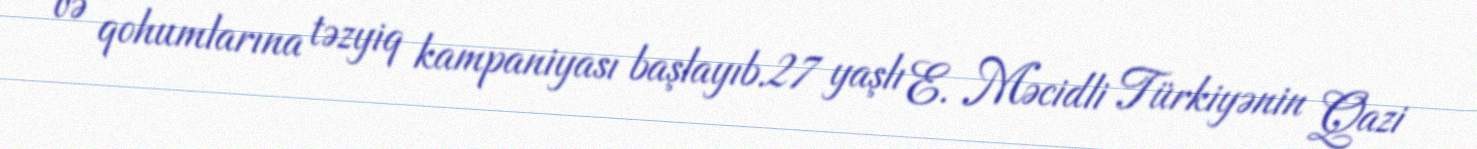
və qohumlarına təzyiq kampaniyası başlayıb.27 yaşlı E. Məcidli Türkiyənin Qazi